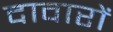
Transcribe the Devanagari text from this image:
दावारों